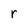
Character: r